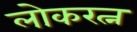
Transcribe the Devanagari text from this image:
लोकरत्न